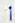
1